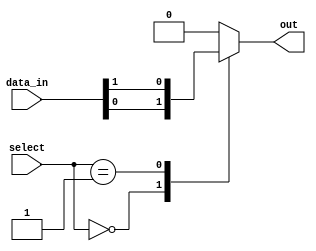
module mux_1024to1(
    input [1023:0] data_in,
    input [9:0] select,
    output reg out
);

always @(*)
begin
    case (select)
        10'b0000000000: out = data_in[0];
        10'b0000000001: out = data_in[1];
        // continue for all 1024 cases
        default: out = 1'b0; // default case to disconnect all input lines
    endcase
end

endmodule